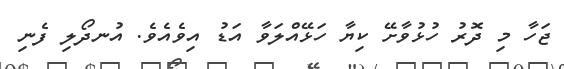
ޖަހާ މި ދޮރު ހުޅުވާށޭ ކިޔާ ހަޅޭއްލަވާ އަޑު އިވެއެވެ. އުނދޯލި ފެނި